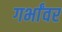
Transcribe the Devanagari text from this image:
गर्भांवर